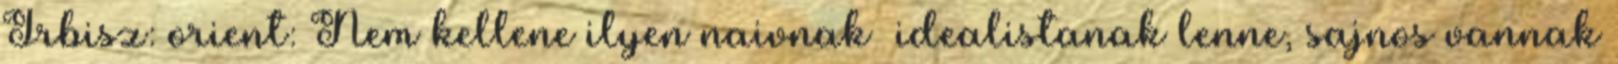
Irbisz: orient: Nem kellene ilyen naivnak idealistanak lenne, sajnos vannak